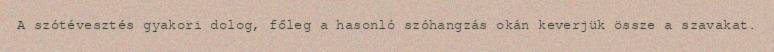
A szótévesztés gyakori dolog, főleg a hasonló szóhangzás okán keverjük össze a szavakat.